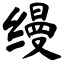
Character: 缦